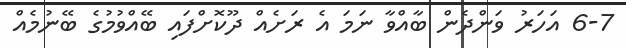
6-7 އަހަރު ވަންދެން ބާއްވާ ނަމަ އެ ރަށެއް ދޫކޮށްފައި ބޭއްވުމުގެ ބޭނުމެއް